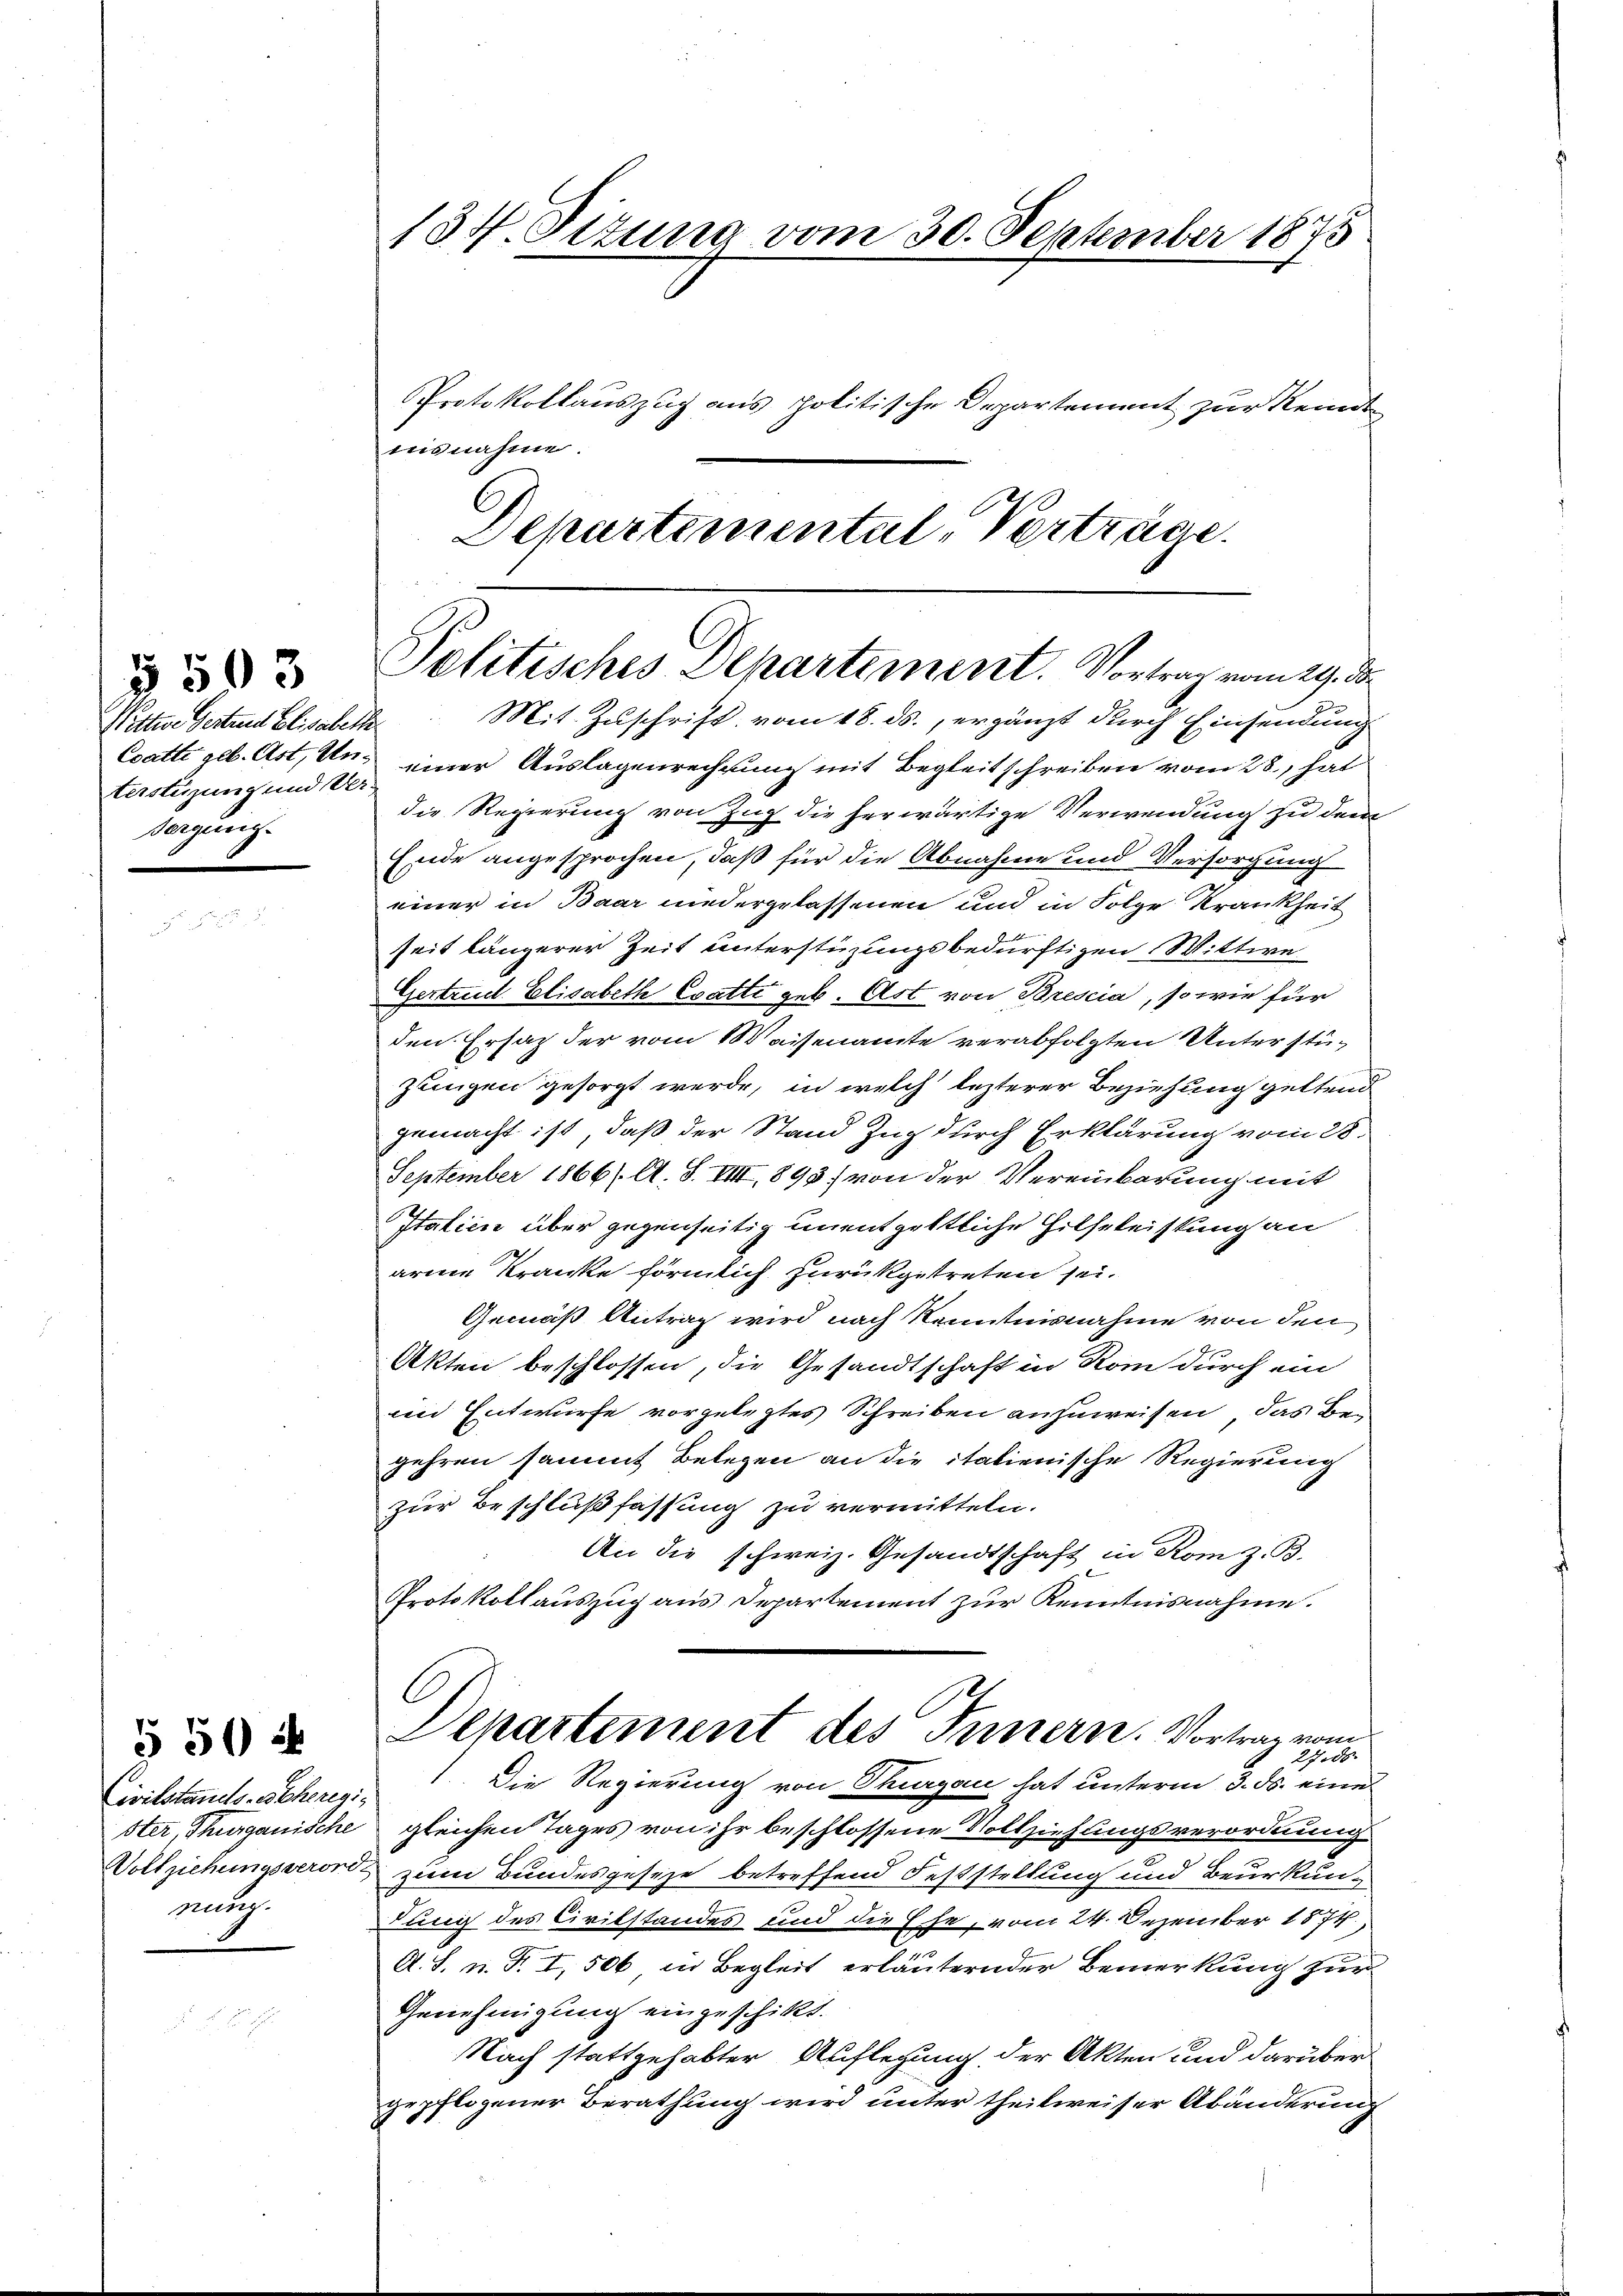
terstüzung und Ver-
sorgung.

§ 503

Civilstands-Schereginung.

550

134. Situng vom 30. September 1875
Protokollauszug aus politische Departement zur Kennt
isnahme.
Departemental-Verträge.

Politisches Departement. Vortrag vom 29. D

Nettere Gestand Elisabeth. Mit Zuschrift vom 18. ds., ergänzt durch Einsendung
Coatte geb. Ast, Und einer Auslagenrechnung mit Begleitschreiben vom 28., hat
die Regierung von Zug die herwärtige Verwendung zu dem
Erde angesprochen, daß für die Abnahme und Versorgung
einer in Baar niedergelassenen und in Folge Krankheit
f
seit längerer Zeit unterstüzungsbedürftigen Wittwe
Gertrud Elisabeth Evatte geb. Art von Bresia, so wie für
den. Ersatz der vom Waisenamte verabfolgten Unterstü¬
Zungen gesorgt werde, in welch lezterer Beziehung geltend
gemacht ist, daß der Stand Zug durch Erklärung vom 28.
September 1866/. A. S. VIII, 1893) von der Vereinbarung mit
Italien über gegenseitig unentgeltliche Hilfeleistung an
arme Kranke förmlich zurükgetreten sei.
Gemäß Antrag wird nach Kenntnisnahme von den
Akten beschlossen, die Gesandtschaft in Rom durch ein
in Entwurfe vorgelegtes Schreiben anzuweisen, das Begehren sammt Belegen an die italienische Regierung
zur Beschlußfassung zu vermitteln.
An die schweiz. Gesandtschaft in Rom z. B.
Protokollauszug aus Departement zur Kenntnisnahme.
C
Departement des Innern. Vortrag vom
2785
Die Regierung von Thurgau hat unterm 3. ds. eine
ster, Thurganische gleichen Tages von ihr beschlossene Vollziehungsverordnung
Vollziehungsverorde zum Bundesgeseze betreffend Feststellung und Beurkundung des Civilstandes und die Ehe, vom 24. Dezember 1874,
A. S. n. F. I, 506, in Begleit erläuternder Bemerkung für
Genehmigung eingeschikt.
Nach stattgehabter Auflegung der Akten und darüber
gepflogener Berathung wird unter theilweiser Abänderung